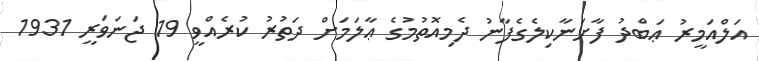
އަލްއަމީރު ޢަބްދު ފާށަނާކިލެގެފާނު ދެމިއޮތުމުގެ ޢާލަމަށް ދަތުރު ކުރެއްވީ 19 ޖަނަވަރީ 1931